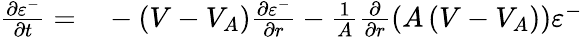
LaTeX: \begin{array}{rl}{\frac{\partial\varepsilon^{-}}{\partial t}=}&{{}-(V-V_{A})\frac{\partial\varepsilon^{-}}{\partial r}-\frac{1}{A}\frac{\partial}{\partial r}\left(A\left(V-V_{A}\right)\right)\varepsilon^{-}}\end{array}